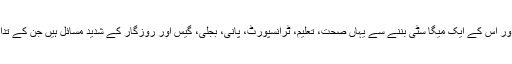
کراچی شہر کی آبادی اور اس کے پھیلاؤ میں اضافہ اور اس کے ایک میگا سٹی بننے سے یہاں صحت، تعلیم، ٹرانسپورٹ، پانی، بجلی، گیس اور روزگار کے شدید مسائل ہیں جن کے تدارک کے لیے خاطر خواہ اقدامات نہیں کیے گئے ہیں۔